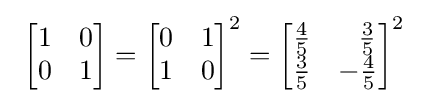
\ {\begin{bmatrix}1&0\\0&1\end{bmatrix}}={\begin{bmatrix}0&1\\1&0\end{bmatrix}}^{2}={\begin{bmatrix}{\frac {4}{5}}&~~{\frac {3}{5}}\\{\frac {3}{5}}&-{\frac {4}{5}}\end{bmatrix}}^{2}~